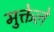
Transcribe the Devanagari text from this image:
मुक्तेले